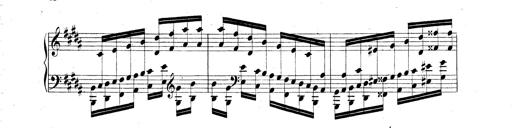
Title: Technische Studien
Composer: Franz Liszt